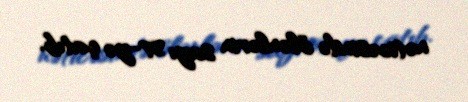
nəticəsində ölənlərin sayı 57-yə çatıb.